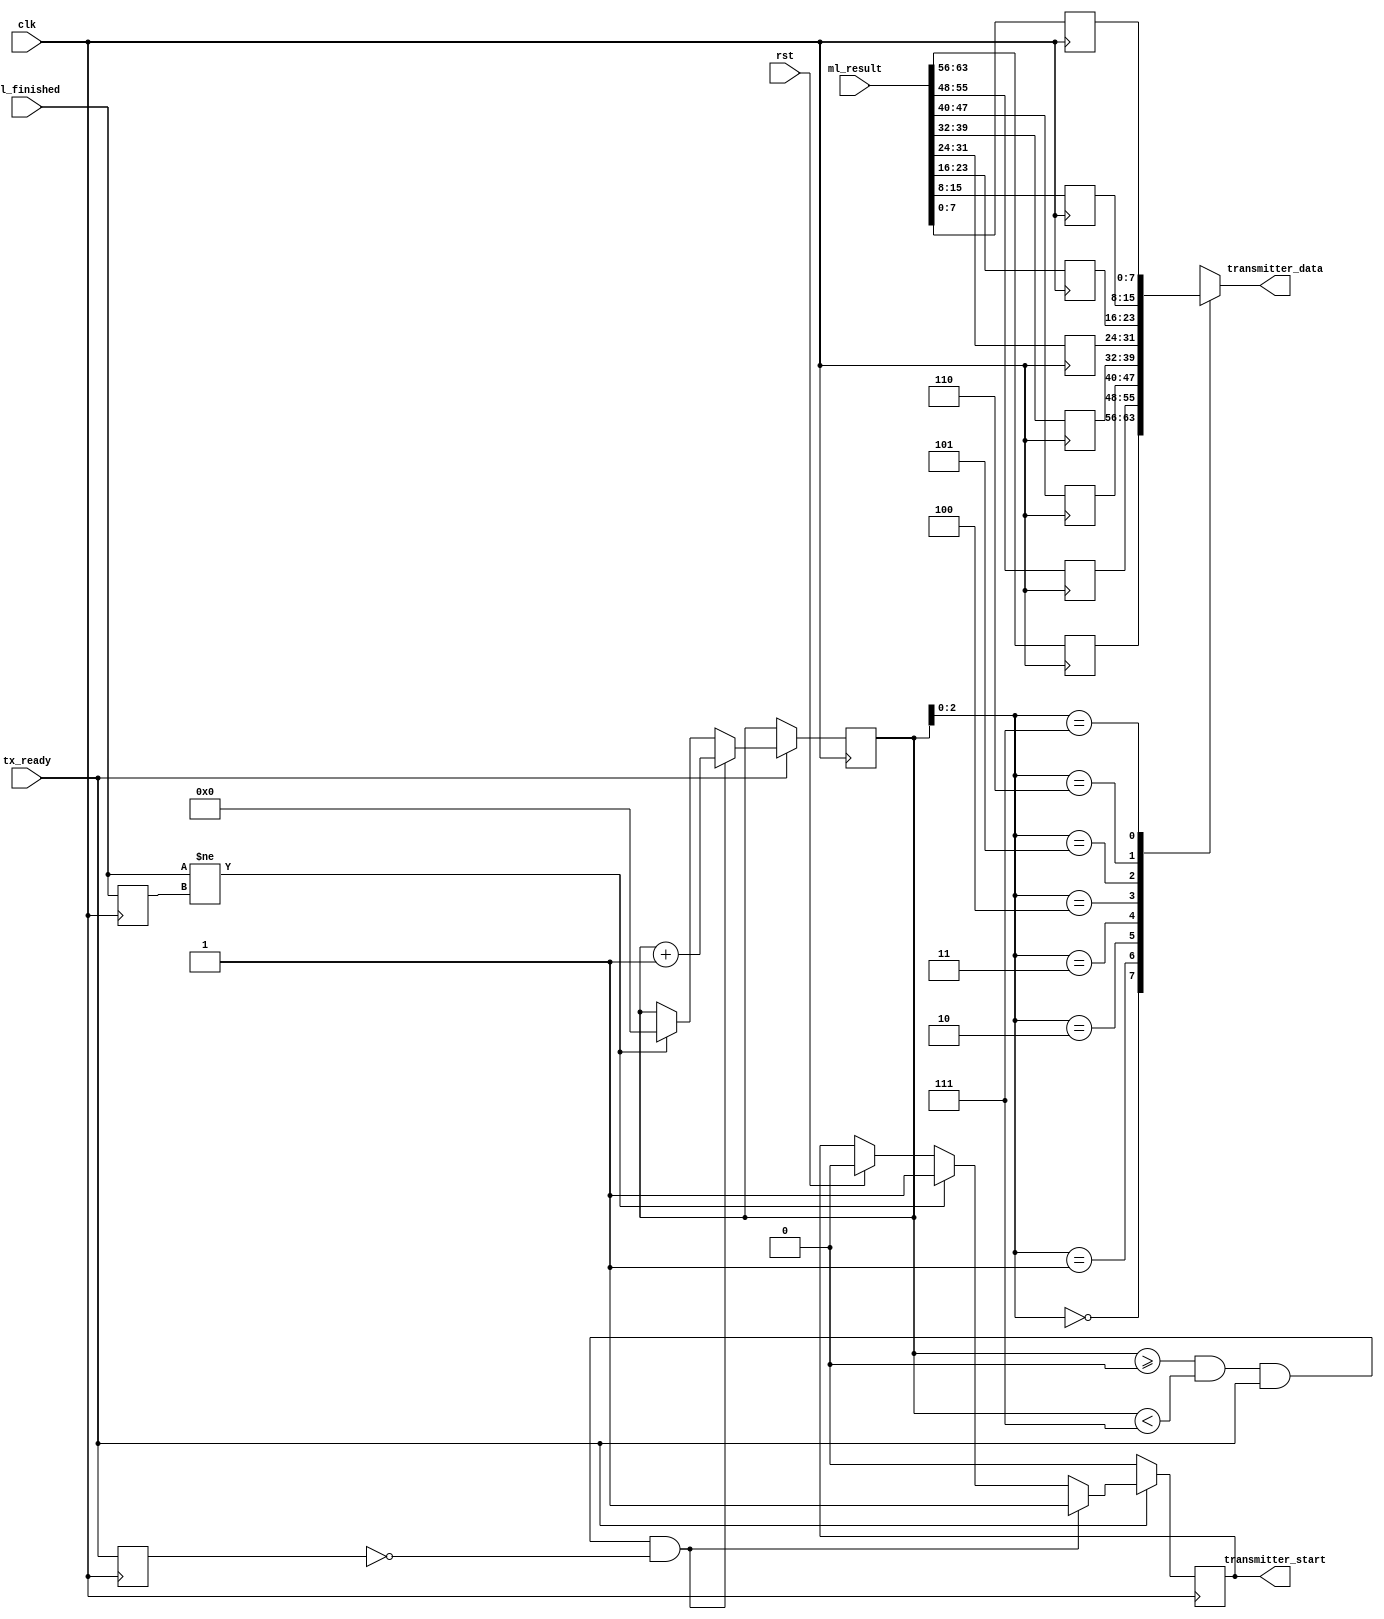
`timescale 1ns / 1ps
//////////////////////////////////////////////////////////////////////////////////
// Company: 
// Engineer: 
// 
// Design Name: 
// Module Name:    data_parser 
// Project Name: 
// Target Devices: 
// Tool versions: 
// Description: 
//
// Dependencies: 
//
// Revision: 
// Revision 0.01 - File Created
// Additional Comments: 
//
//////////////////////////////////////////////////////////////////////////////////
module data_parser(
		input clk,
		input rst,
		input tx_ready,
		input [63:0]ml_result,
		input ml_finished,
		output [7:0] transmitter_data,
		output reg transmitter_start
    );
	 
	 reg prev_tx_ready;
	 reg prev_ml_finished;
	 
	 reg [3:0] counter;
	 reg [7:0] Data[0:7];
	 
	 
	 assign transmitter_data = Data[counter];
	 
	 //assign transmitter_data = ml_result[(counter*8+7):(counter*8)];
	 
	 //assign transmitter_data <= Data[counter];
	 
	 always@(posedge clk)
		begin
		prev_tx_ready <= tx_ready;
		prev_ml_finished <= ml_finished;
		
		Data[0] = ml_result[63:56];
		Data[1] = ml_result[55:48];
		Data[2] = ml_result[47:40];
		Data[3] = ml_result[39:32];
		Data[4] = ml_result[31:24];
		Data[5] = ml_result[23:16];
		Data[6] = ml_result[15:8];
		Data[7] = ml_result[7:0];
		
		if(rst)
			transmitter_start <= 1'b0;
		if(ml_finished != prev_ml_finished)
			begin
				counter <= 0;
				transmitter_start <= 1'b1;
			end
		/*
		if(counter == 0 && tx_ready)
			begin
				transmitter_start <= 1;
				counter <= counter + 1;
			end
		*/
		if(counter >= 0 && counter < 7 && tx_ready && !prev_tx_ready)
			begin
				transmitter_start <= 1;
				counter <= counter + 1;
			end
		if(!tx_ready) 
			begin
				counter <= counter;
				transmitter_start <= 0;
			end	
		end

endmodule